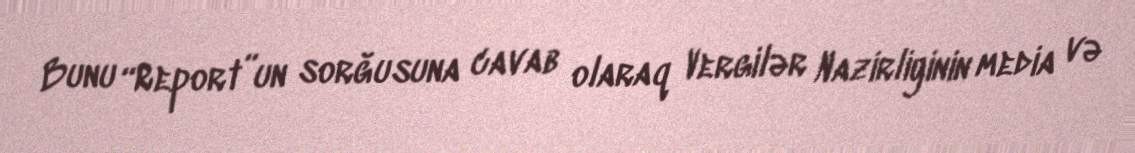
Bunu “Report”un sorğusuna cavab olaraq Vergilər Nazirliyinin media və